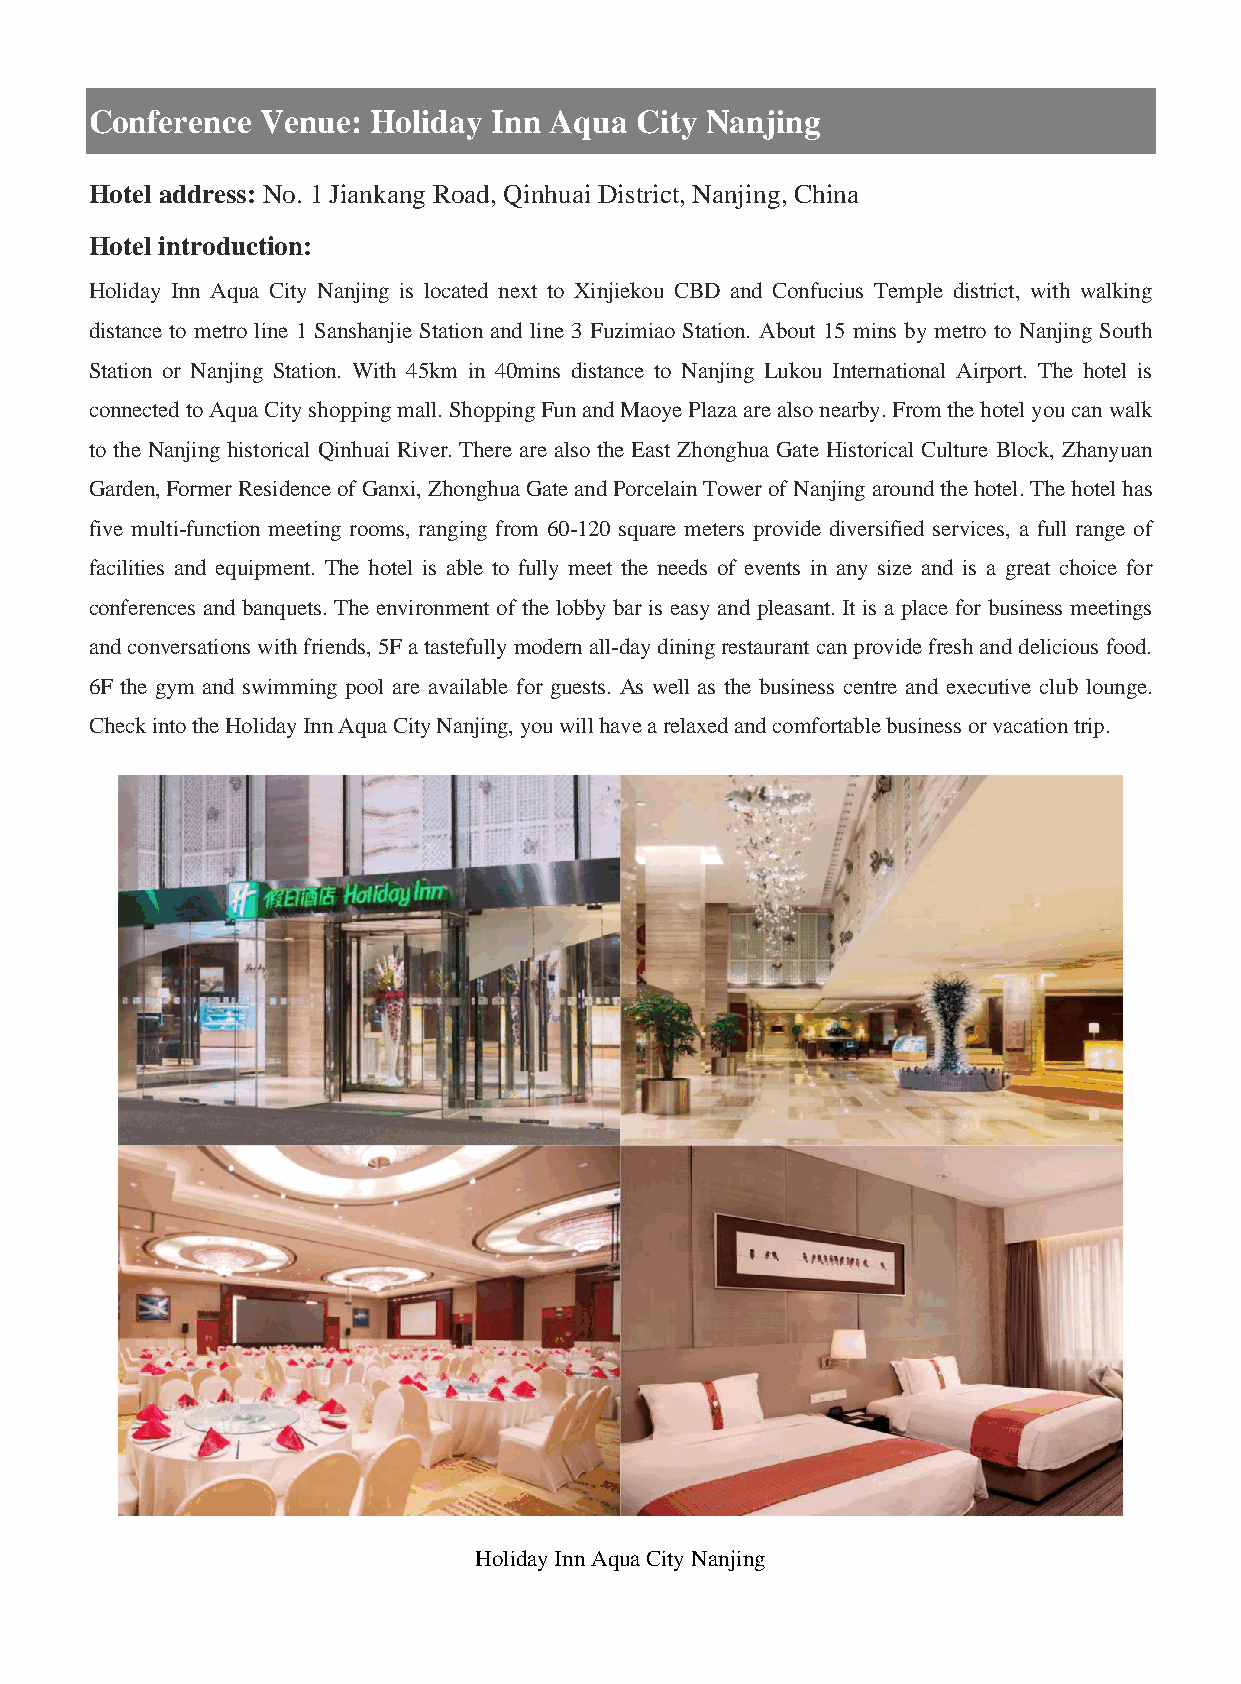
Conference Venue:  Holiday Inn Aqua City Nanjing
 Hotel address: No. 1 Jiankang Road, Qinhuai District, Nanjing, China
 Hotel introduction:
 Holiday Inn Aqua City Nanjing is located next to Xinjiekou CBD and Confucius Temple district, with walking
 distance to metro line 1 Sanshanjie Station and line 3 Fuzimiao Station. About 15 mins by metro to Nanjing South
 Station or Nanjing Station. With 45km in 40mins distance to Nanjing Lukou International Airport. The hotel is
 connected to Aqua City shopping mall. Shopping Fun and Maoye Plaza are also nearby. From the hotel you can walk
 to the Nanjing historical Qinhuai River. There are also the East Zhonghua Gate Historical Culture Block, Zhanyuan
 Garden, Former Residence of Ganxi, Zhonghua Gate and Porcelain Tower of Nanjing around the hotel. The hotel has
 five multi-function meeting rooms, ranging from 60-120 square meters provide diversified services, a full range of
 facilities and equipment. The hotel is able to fully meet the needs of events in any size and is a great choice for
 conferences and banquets. The environment of the lobby bar is easy and pleasant. It is a place for business meetings
 and conversations with friends, 5F a tastefully modern all-day dining restaurant can provide fresh and delicious food.
 6F the gym and swimming pool are available for guests. As well as the business centre and executive club lounge.
 Check into the Holiday Inn Aqua City Nanjing, you will have a relaxed and comfortable business or vacation trip.
 Holiday Inn Aqua City Nanjing